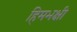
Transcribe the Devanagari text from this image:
हिमभक्षी